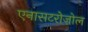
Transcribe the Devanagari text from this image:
एनासटरोज़ोल